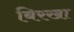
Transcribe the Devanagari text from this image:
बिरखा